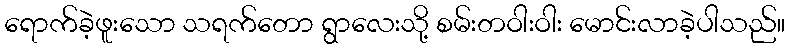
ရောက်ခဲ့ဖူးသော သရက်တော ရွာလေးသို့ စမ်းတဝါးဝါး မောင်းလာခဲ့ပါသည်။